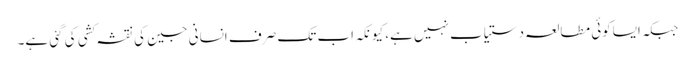
جبکہ ایساکوئی مطالعہ دستیاب نہیں ہے، کیونکہ اب تک صرف انسانی جین کی نقشہ کشی کی گئی ہے۔